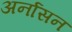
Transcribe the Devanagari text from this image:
अर्नासन